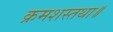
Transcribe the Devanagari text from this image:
क्रमशस्तथा॥